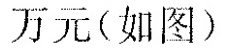
万元(如图)